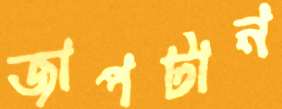
জাপটান